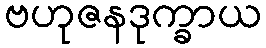
ဗဟုဇနဒုက္ခာယ